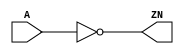
module INV_X2 (A, ZN);
  input A;
  output ZN;

  not(ZN, A);


endmodule